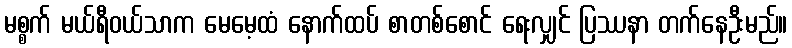
မစ္စက် မယ်ရီဝယ်သာက မေမေ့ထံ နောက်ထပ် စာတစ်စောင် ရေးလျှင် ပြဿနာ တက်နေဦးမည်။